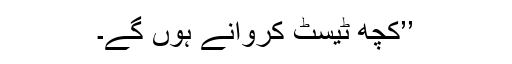
’’کچھ ٹیسٹ کروانے ہوں گے۔